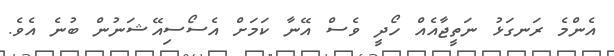
އެންމެ ރަނގަޅު ނަތީޖާއެއް ހޯދީ ވެސް އޭނާ ކަމަށް އެސޯސިއޭޝަނުން ބުނެ އެވެ.